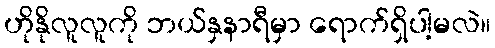
ဟိုနိုလူလူကို ဘယ်နှနာရီမှာ ရောက်ရှိပါ့မလဲ။